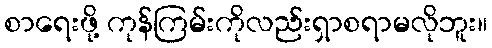
စာရေးဖို့ ကုန်ကြမ်းကိုလည်းရှာစရာမလိုဘူး။